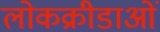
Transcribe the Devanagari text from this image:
लोकक्रीडाओं